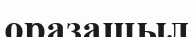
оразашыл